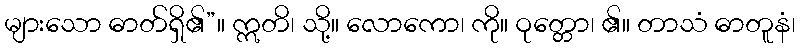
များသော ဓာတ်ရှိ၏”။ ဣတိ၊ သို့။ လောကော၊ ကို။ ဝုတ္တော၊ ၏။ တာသံ ဓာတူနံ၊